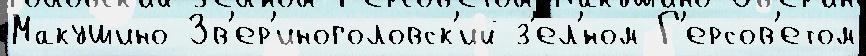
Макушино Зв'ер'иноголовск'ий з'ел'́ном Г'ерсов'етом